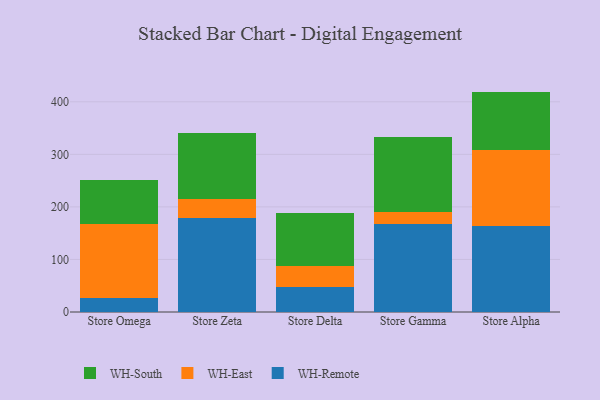
{"axis": {"x": "Store", "y": "Active Users"}, "legend": ["WH-East", "WH-Remote", "WH-South"], "data": [{"x": "Store Omega", "y": 25.7, "type": "WH-Remote"}, {"x": "Store Omega", "y": 142.5, "type": "WH-East"}, {"x": "Store Omega", "y": 83.3, "type": "WH-South"}, {"x": "Store Zeta", "y": 178.1, "type": "WH-Remote"}, {"x": "Store Zeta", "y": 36.1, "type": "WH-East"}, {"x": "Store Zeta", "y": 126.6, "type": "WH-South"}, {"x": "Store Delta", "y": 47.6, "type": "WH-Remote"}, {"x": "Store Delta", "y": 40.0, "type": "WH-East"}, {"x": "Store Delta", "y": 100.1, "type": "WH-South"}, {"x": "Store Gamma", "y": 166.8, "type": "WH-Remote"}, {"x": "Store Gamma", "y": 24.1, "type": "WH-East"}, {"x": "Store Gamma", "y": 142.3, "type": "WH-South"}, {"x": "Store Alpha", "y": 163.5, "type": "WH-Remote"}, {"x": "Store Alpha", "y": 145.0, "type": "WH-East"}, {"x": "Store Alpha", "y": 110.9, "type": "WH-South"}]}